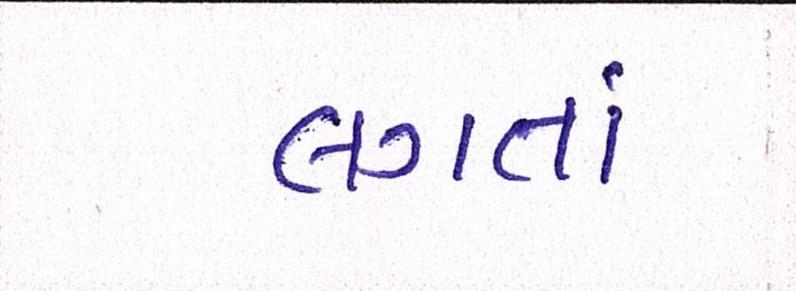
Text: લગતાં